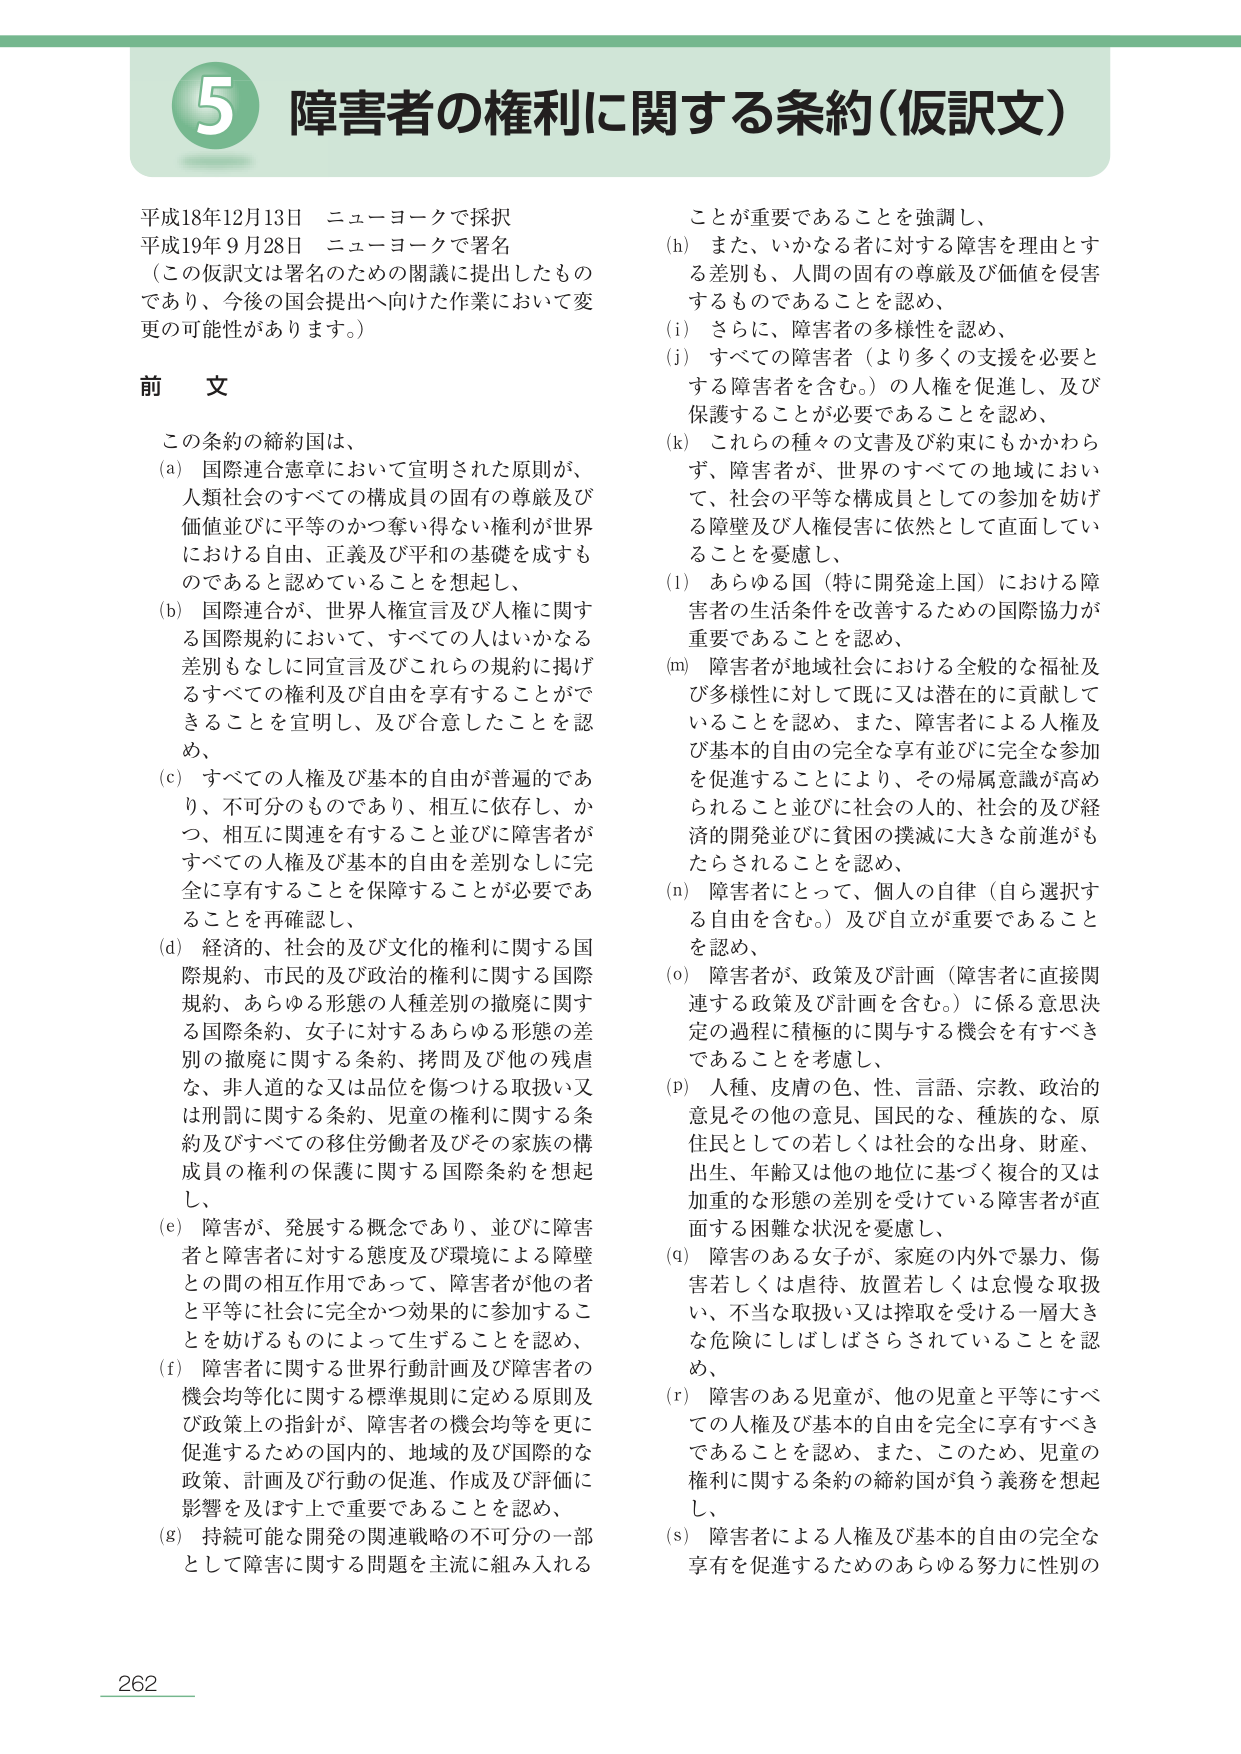
5 障害者の権利に関する条約（仮訳文）

平成18年12月13日 ニューヨークで採択
平成19年9月28日 ニューヨークで署名
（この仮訳文は署名のための閣議に提出したものであり、今後の国会提出へ向けた作業において変更の可能性があります。）

前文

この条約の締約国は、
(a) 国際連合憲章において宣言された原則が、人類社会のすべての構成員の固有の尊厳及び価値並びに平等のかつ奪い得ない権利が世界における自由、正義及び平和の基礎を成すものであると認めていることを想起し、
(b) 国際連合が、世界人権宣言及び人権に関する国際規約において、すべての人はいかなる差別もなしに同宣言及びこれらの規約に掲げるすべての権利及び自由を享有することができることを宣言し、及び合意したことを認め、
(c) すべての人権及び基本的自由が普遍的であり、不可分のものであり、相互に依存し、かつ、相互に関連を有すること並びに障害者がすべての人権及び基本的自由を差別なしに完全に享有することを保障することが必要であることを再確認し、
(d) 経済的、社会的及び文化的の権利に関する国際規約、市民的及び政治的権利に関する国際規約、あらゆる形態の人種差別の撤廃に関する国際条約、女子に対するあらゆる形態の差別の撤廃に関する条約、拷問及び他の残虐な、非人道的な又は品位を傷つける取扱い又は刑罰に関する条約、児童に関する条約及びすべての移住労働者及びその家族の構成員の権利の保護に関する国際条約を想起し、
(e) 障害が、発展する概念であり、並びに障害者と障害者に対する態度及び環境による障壁との間の相互作用であって、障害者が他の者と平等に社会に完全かつ効果的に参加することを妨げるものによって生ずることを認め、
(f) 障害者に関する世界行動計画及び障害者の機会均等化に関する標準規則に定める原則及び政策上の指針が、障害者の機会均等を更に促進するための国内的、地域的及び国際的な政策、計画及び行動の促進、作成及び評価に影響を及ぼす上で重要であることを認め、
(g) 持続可能な開発の関連戦略の不可分の一部として障害に関する問題を主流に組み入れることが重要であることを強調し、
(h) また、いかなる者に対する障害を理由とする差別も、人間の固有の尊厳及び価値を侵害するものであることを認め、
(i) さらに、障害者の多様性を認め、
(j) すべての障害者（より多くの支援を必要とする障害者を含む。）の人権を促進し、及び保護することが必要であることを認め、
(k) これらの種々の文書及び約束にもかかわらず、障害者が、世界のすべての地域において、社会の平等な構成員としての参加を妨げる障壁及び人権侵害に依然として直面していることを憂慮し、
(l) あらゆる国（特に開発途上国）における障害者の生活条件を改善するための国際協力が重要であることを認め、
(m) 障害者が地域社会における全般的な福祉及び多様性に対して既に又は潜在的に貢献していることを認め、また、障害者による人権及び基本的自由の完全な享有並びに完全な参加を促進することにより、その帰属意識が高められること並びに社会的人的、社会的及び経済的開発並びに貧困の撲滅に大きな前進がもたらされることを認め、
(n) 障害者にとって、個人の自律（自ら選択する自由を含む。）及び自立が重要であることを認め、
(o) 障害者が、政策及び計画（障害者に直接関連する政策及び計画を含む。）に係る意思決定の過程に積極的に関与する機会を有すべきであることを考慮し、
(p) 人種、皮膚の色、性、言語、宗教、政治的意見その他の意見、国民的な、種族的な、原住民としての若しくは社会的な出身、財産、出生、年齢又は他の地位に基づく複合的又は加重的な形態の差別を受けている障害者が直面する困難な状況を憂慮し、
(q) 障害のある女子が、家庭の内外で暴力、傷害若しくは虐待、放置若しくは怠慢な取扱い、不当な取扱い又は搾取を受ける一層大きな危険にしばしばさらされていることを認め、
(r) 障害のある児童が、他の児童と平等にすべての人権及び基本的自由を完全に享有すべきであることを認め、また、このため、児童の権利に関する条約の締約国が負う義務を想起し、
(s) 障害者による人権及び基本的自由の完全な享有を促進するためのあらゆる努力に性別の

262